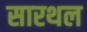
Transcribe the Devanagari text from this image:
सारथल